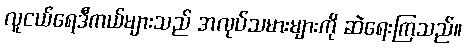
လူငယ်ရေဒီကယ်များသည် အလုပ်သမားများကို ဆဲရေးကြသည်။